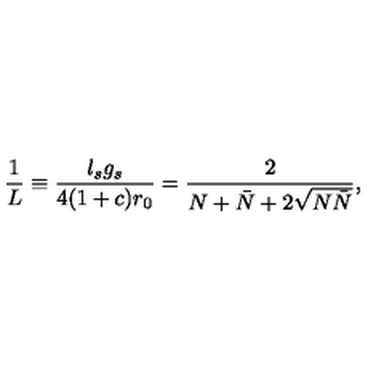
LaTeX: \frac { 1 } { L } \equiv \frac { l _ { s } g _ { s } } { 4 ( 1 + c ) r _ { 0 } } = \frac { 2 } { N + \bar { N } + 2 \sqrt { N \bar { N } } } ,